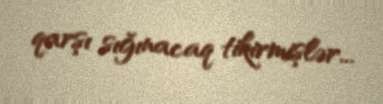
qarşı sığınacaq tikirmişlər...